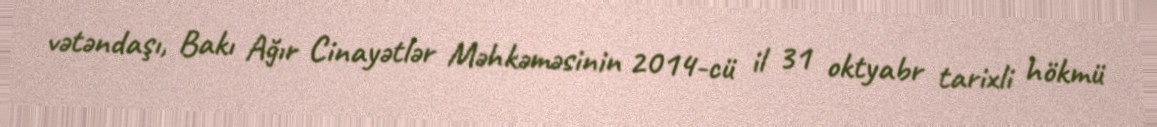
vətəndaşı, Bakı Ağır Cinayətlər Məhkəməsinin 2014-cü il 31 oktyabr tarixli hökmü